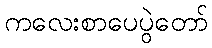
ကလေးစာပေပွဲတော်